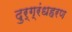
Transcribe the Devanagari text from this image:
दुर्ग्रंधहरण